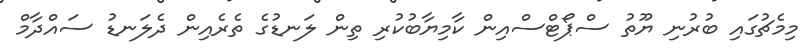
މިމެޗުގައި ބުރުނި ޔޫތު ސްޕޯޓްސްއިން ކާމިޔާބުކުރި ތިން ލަނޑުގެ ތެރެއިން ދެލަނޑު ސައްދާމް